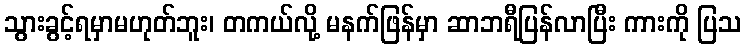
သွားခွင့်ရမှာမဟုတ်ဘူး၊ တကယ်လို့ မနက်ဖြန်မှာ ဆာဘရီပြန်လာပြီး ကားကို ပြသ